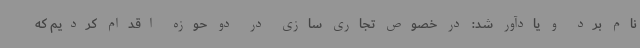
نام برد و یادآور شد: در خصوص تجاری سازی در دو حوزه اقدام کردیم که